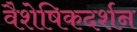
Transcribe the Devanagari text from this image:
वैशेषिकदर्शन